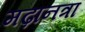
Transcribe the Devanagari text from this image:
मढ़ानत्रा